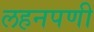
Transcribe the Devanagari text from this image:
लहनपणी